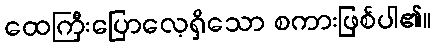
ထေကြီးပြောလေ့ရှိသော စကားဖြစ်ပါ၏။